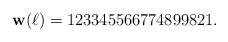
LaTeX: \begin{align*}{\bf w}(\ell) = 123345566774899821 .\end{align*}